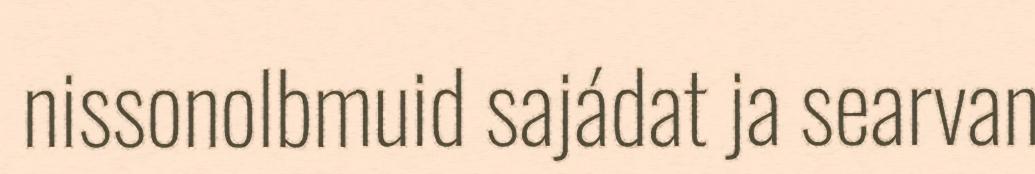
nissonolbmuid sajádat ja searvan